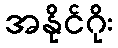
အနိုင်ဂိုး